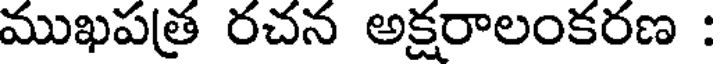
ముఖపత్ర రచన అక్షరాలంకరణ :